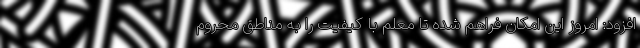
افزود: امروز این امکان فراهم شده تا معلم با کیفیت را به مناطق محروم